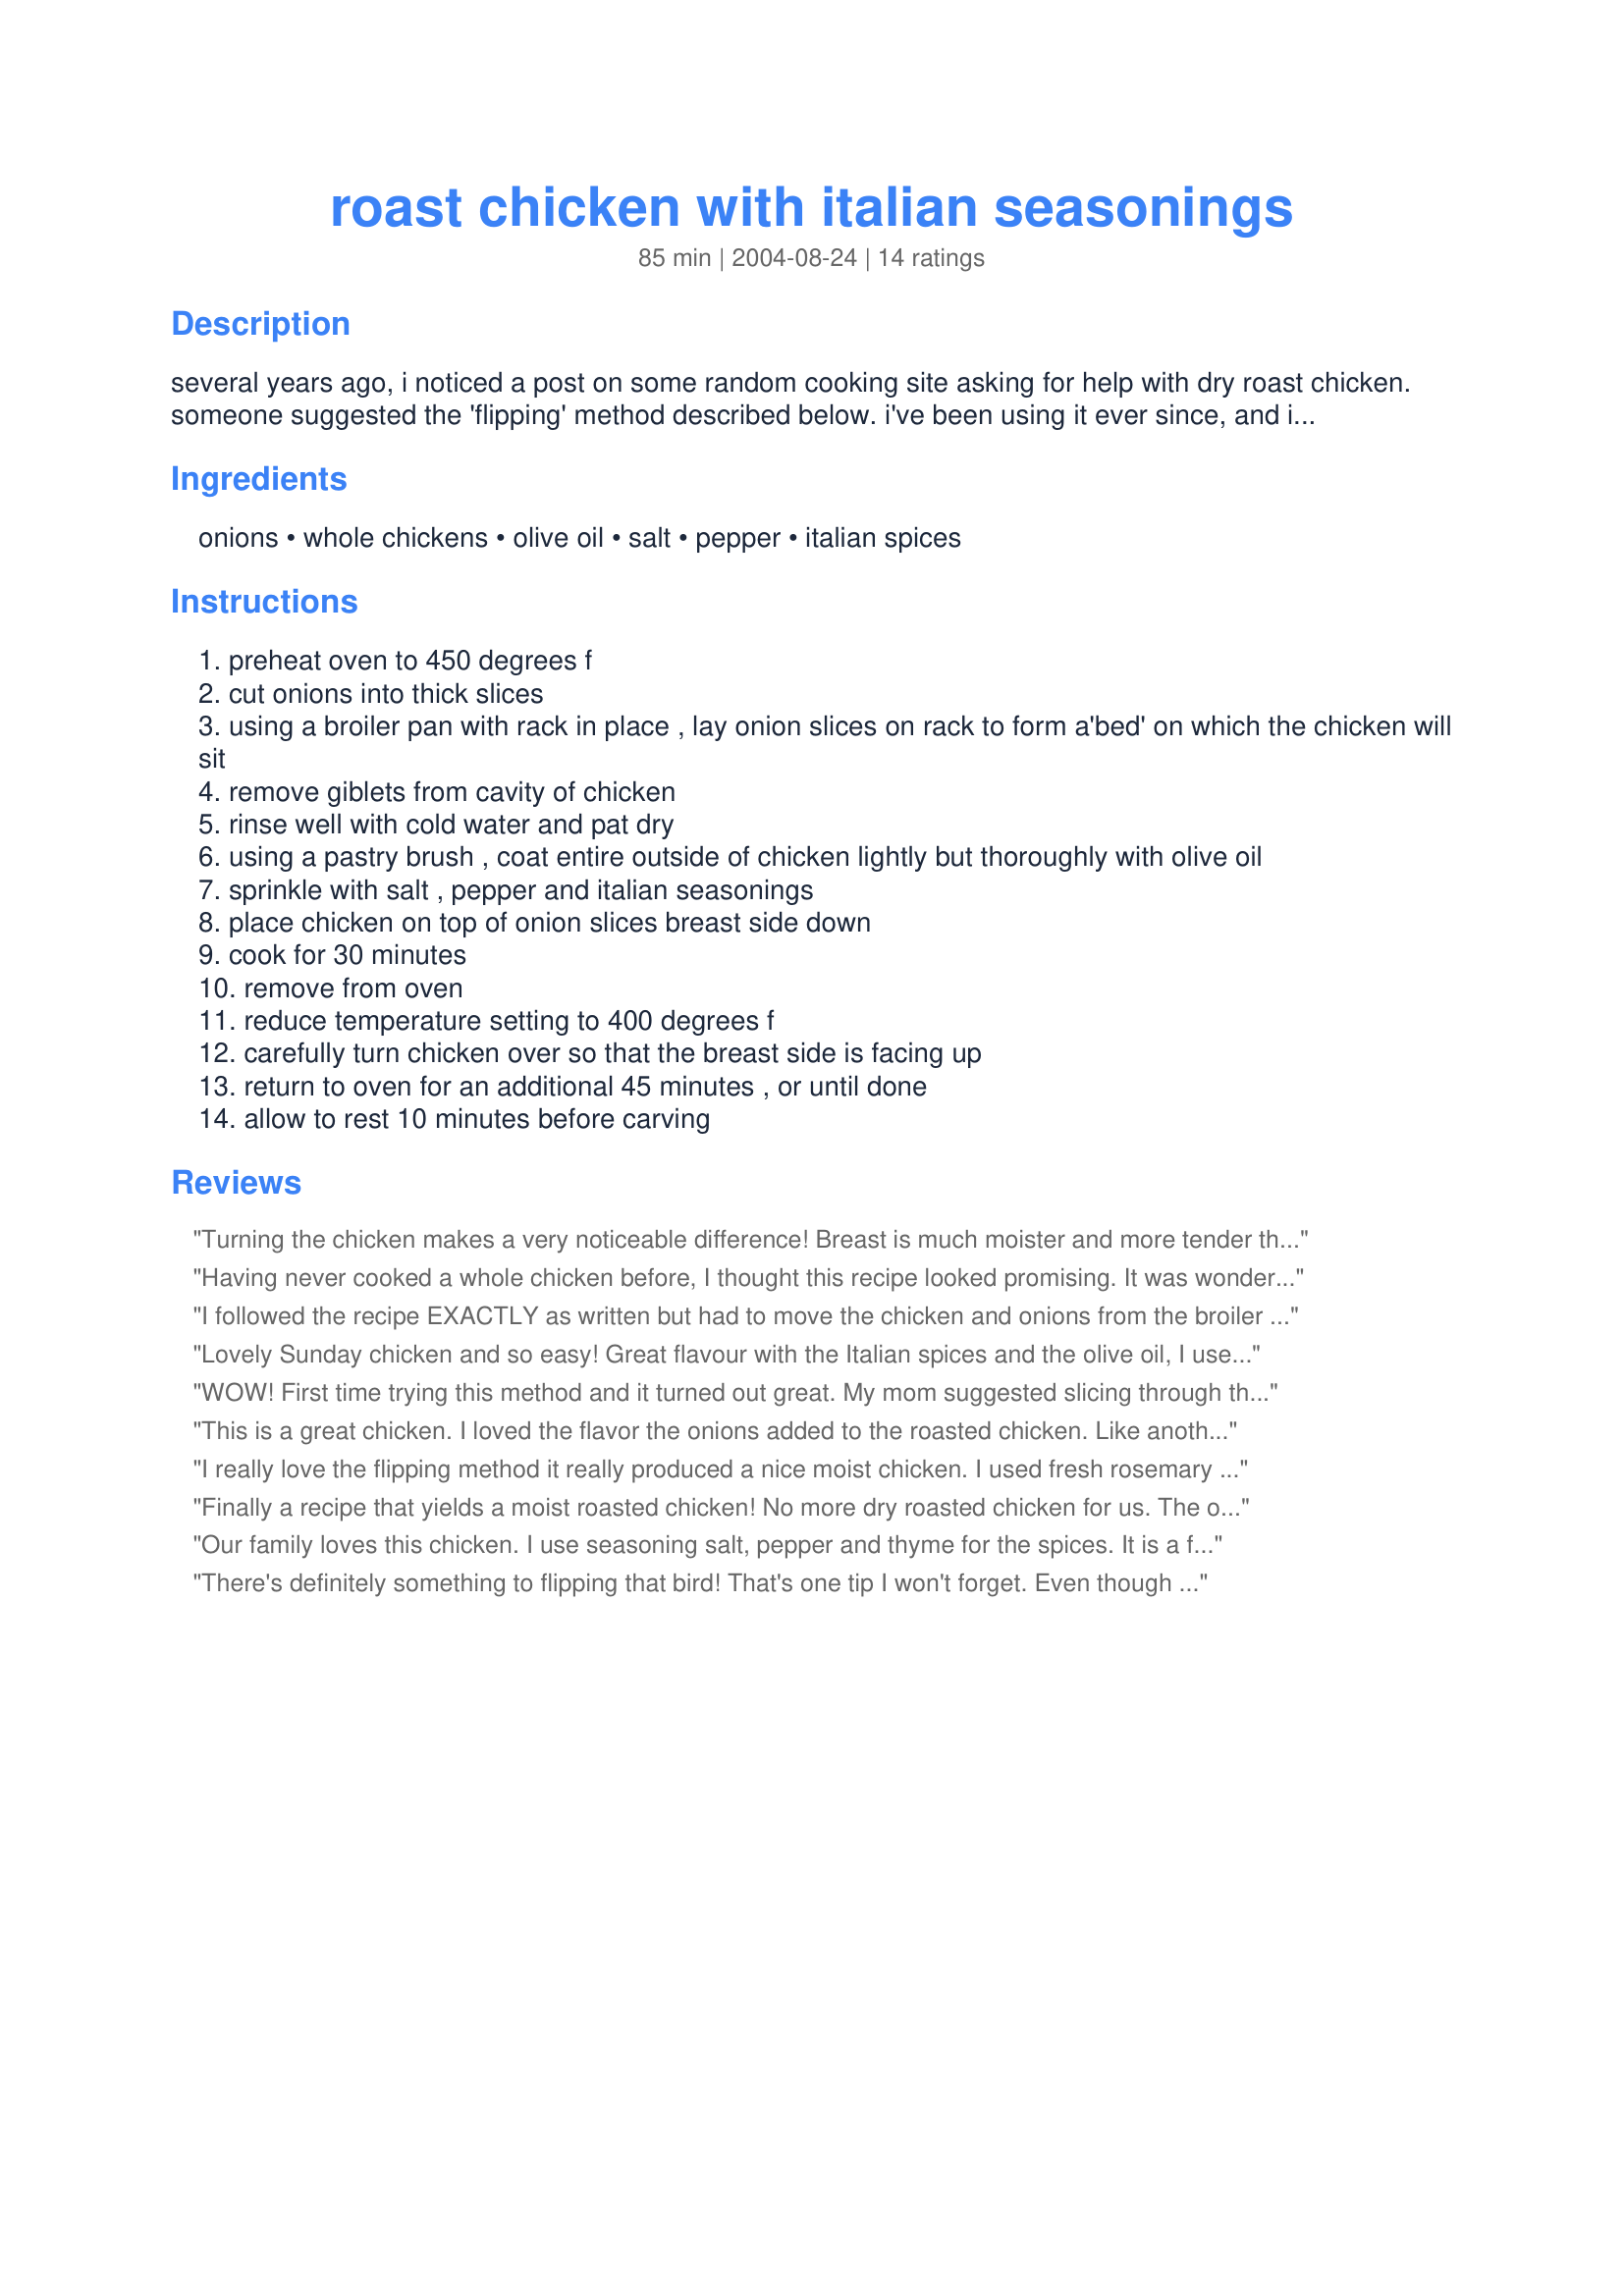
roast chicken with italian seasonings
Preparation time: 85 minutes

several years ago, i noticed a post on some random cooking site asking for help with dry roast chicken. someone suggested the 'flipping' method described below. i've been using it ever since, and it works! the actual recipe is a very basic one i found in a little paperback book at the grocery. you can replace the italian seasonings with any others you prefer, but i think you'll find the general method gives great results. exact cooking time will vary somewhat according to weight, of course.

Ingredients:
onions, whole chickens, olive oil, salt, pepper, italian spices

Steps:
preheat oven to 450 degrees f
cut onions into thick slices
using a broiler pan with rack in place , lay onion slices on rack to form a'bed' on which the chicken will sit
remove giblets from cavity of chicken
rinse well with cold water and pat dry
using a pastry brush , coat entire outside of chicken lightly but thoroughly with olive oil
sprinkle with salt , pepper and italian seasonings
place chicken on top of onion slices breast side down
cook for 30 minutes
remove from oven
reduce temperature setting to 400 degrees f
carefully turn chicken over so that the breast side is facing up
return to oven for an additional 45 minutes , or until done
allow to rest 10 minutes before carving

Reviews:
Turning the chicken makes a very noticeable difference! Breast is much moister and more tender this way.
Having never cooked a whole chicken before, I thought this recipe looked promising. It was wonderful! The meat had wonderful flavor, was so juicy, and fell right off the bone. This is the only way I cook whole chickens and have also carried to over to a turkey breast. What a fast, easy way to make a homemade dinner. Thanks!
I followed the recipe EXACTLY as written but had to move the chicken and onions from the broiler pan into a regular roasting pan after the first 30 minutes of cooking... The amount of smoke generated while using the broiler pan was incredibly alarming! I've never seen anything like it. I don't know if it was because of my particular pan, or my oven (mine is electric), but that is the reason for my 3 star review. The chicken itself did come out rather tasty and was quite moist. I would recommend this recipe - just use a roasting pan instead (if not have your extinguisher ready!!).
Lovely Sunday chicken and so easy!
Great flavour with the Italian spices and the olive oil, I used light, really made a wonderful crisp skin. I made gravy with the drippings and served the chicken with mashed potatos, the gravy and applesauce filled acorn squash.
Thanks for posting I will be making this again.
WOW! First time trying this method and it turned out great. My mom suggested slicing through the skin a few spots around the chicken and stuffing in a little bit of butter. I can't wait for leftovers. Definately making again. Thank you!
This is a great chicken. I loved the flavor the onions added to the roasted chicken. Like another reviewer mentioned, I too added a little bit of thyme to season it up a litte more.
I really love the flipping method it really produced a nice moist chicken. I used fresh rosemary and garlic in place of the Italian spices and it tasted great! Thanks a bunch for posting highcotton....
Finally a recipe that yields a moist roasted chicken! No more dry roasted chicken for us. The outer skin was nicely crisp and wonderfully flavored from the seasonings. I loved using the onions as they gave just a hint of additional flavor to the chicken. I'll be using this method of roasting chicken from now on. Thanks a bunch for sharing this recipe!
Our family loves this chicken. I use seasoning salt, pepper and thyme for the spices. It is a fun recipe because you can play around with different flavors. (throw in lemon, or whatever is on hand.) The onions give the chicken a wonderful flavor, and are great by themselves. I use the leftover chicken and onions to make soup!
There's definitely something to flipping that bird! That's one tip I won't forget. Even though I was a little skeptical about the Italian seasoning, we loved the flavor. Simple ingredients, good techniques explained, very satisfying results.
This is just so darned good. I had this with Kittencal's parmesan risotto and it was an amazing dinner. Thanks!
I absolutely love this recipe!
I don't know if it is the herbs or what, but it is very flavorful.
I added the onions but I also added an equal amount of green cabbage.
It was very good and I used the leftovers for a wonderful stirfry the next day!
Thanks for the keeper!
This recipe is delicious! My family comes home and smells the chicken roasting ~ and are all very happy! The only thing I do different... is to rub the spices in after rubbing in the olive oil. I have also given this recipe to family and friends and they just love it! This is the only method of roasting chicken I use! Thanks for sharing!
My girlfriend and I were looking for a good chicken recipe, and being Italian, this one stuck out for me. We used Italian Seasoning on ours to get a nice blend of all the different seasonings. The chicken turned out very moist and had great flavor too. We were very pleased with the results! We had some mashed potatoes and fresh steamed carrots to go with it. Thanks for sharing! Mike
